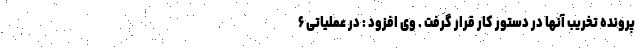
پرونده تخریب آنها در دستور کار قرار گرفت . وی افزود : در عملیاتی ۶